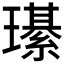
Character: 𤪌